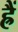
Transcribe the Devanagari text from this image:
ह्रैं